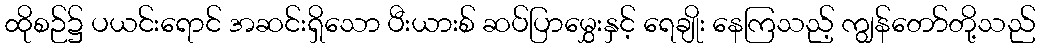
ထိုစဉ်၌ ပယင်းရောင် အဆင်းရှိသော ပီးယားစ် ဆပ်ပြာမွှေးနှင့် ရေချိုး နေကြသည့် ကျွန်တော်တို့သည်